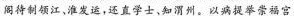
阁待制领江，淮发运，还直学士、知渭州。以病提举崇福宫，